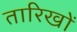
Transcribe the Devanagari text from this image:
तारिखों